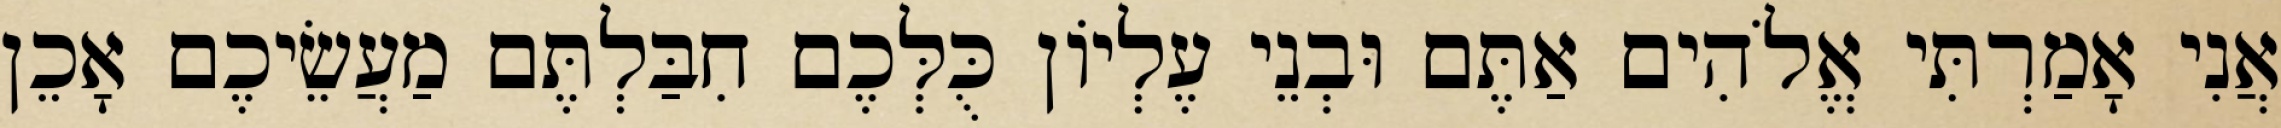
אֲנִי אָמַרְתִּי אֱלֹהִים אַתֶּם וּבְנֵי עֶלְיוֹן כֻּלְּכֶם חִבַּלְתֶּם מַעֲשֵׂיכֶם אָכֵן